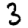
Digit: 3